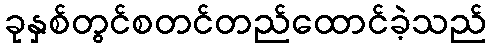
ခုနှစ်တွင်စတင်တည်ထောင်ခဲ့သည်